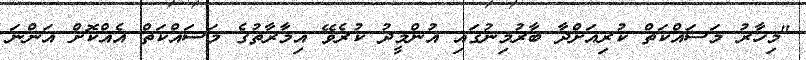
"މިހާރު މަސައްކަތް ކުރިއަށްދާ ބާރުމިނުގައި އުންމީދު ކުރެވޭ އިމާރާތުގެ މަސައްކަތް އެއްކޮށް އަންނަ